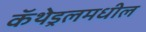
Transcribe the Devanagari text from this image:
कॅथेड्रलमधील